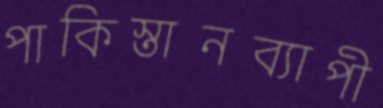
পাকিস্তানব্যাপী